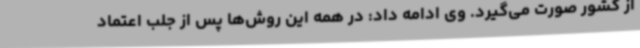
از کشور صورت می‌گیرد. وی ادامه داد: در همه این روش‌ها پس از جلب اعتماد